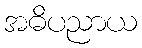
အဓိပညာယ